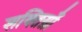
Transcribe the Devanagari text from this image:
शक्तिय़ाँ